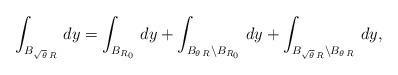
LaTeX: \begin{align*}\int_{B_{\sqrt{\theta}\,R}}\, dy=\int_{B_{R_0}}\, dy+\int_{B_{\theta\,R}\setminus B_{R_0}}\, dy+\int_{B_{\sqrt{\theta}\,R}\setminus B_{\theta\,R}}\, dy,\end{align*}